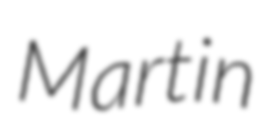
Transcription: Martin